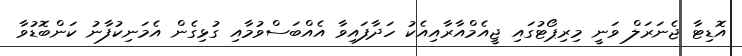
އޮޑިޓާ ޖެނަރަލް ވަނީ މިރިޕޯޓުގައި ޖީއެމްއާރާއިއެކު ހަދާފައިވާ އެއްބަސްވުމާއި ގުޅިގެން އެމަނިކުފާނު ކަންބޮޑުވާ